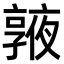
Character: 𠆓